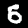
Label: 5